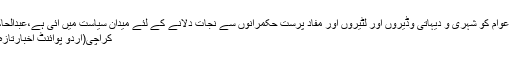
پاسبان عوام کو شہری و دیہاتی وڈیروں اور لٹیروں اور مفاد پرست حکمرانوں سے نجات دلانے کے لئے میدان سیاست میں آئی ہے،عبدالحاکم قائد
کراچی(اُردو پوائنٹ اخبارتازہ ترین۔